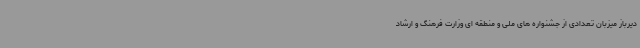
دیرباز میزبان تعدادی از جشنواره های ملی و منطقه ای وزارت فرهنگ و ارشاد